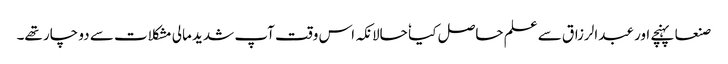
صنعا پہنچے اور عبدالرزاق سے علم حاصل کیا ٗ حالانکہ اس وقت آپ شدید مالی مشکلات سے دو چار تھے۔